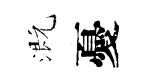
溉憂